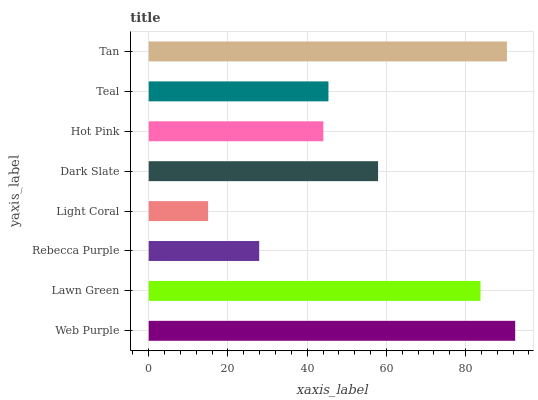
| yaxis_label | bars |
 | --- | --- |
 | Web Purple | 92.5 |
 | Lawn Green | 83.8 |
 | Rebecca Purple | 27.9 |
 | Light Coral | 15 |
 | Dark Slate | 57.9 |
 | Hot Pink | 44.1 |
 | Teal | 45.4 |
 | Tan | 90.4 |